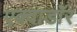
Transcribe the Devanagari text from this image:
एक्वाडॉर